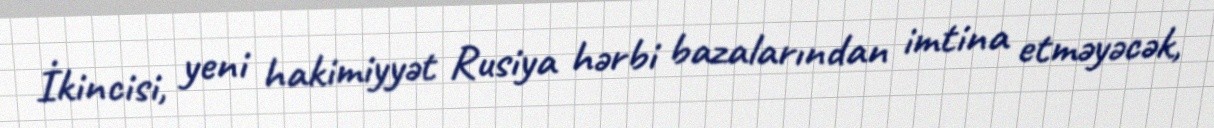
İkincisi, yeni hakimiyyət Rusiya hərbi bazalarından imtina etməyəcək,